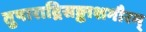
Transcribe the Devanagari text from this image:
तुषाराद्रिसङ्काशगौरम्